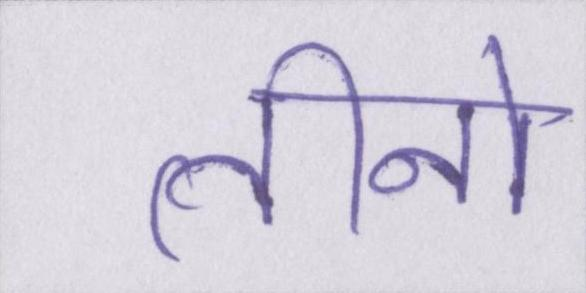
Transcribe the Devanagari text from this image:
तीनो